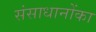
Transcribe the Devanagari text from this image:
संसाधानोंका